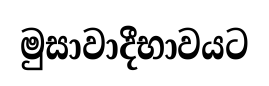
මුසාවාදීභාවයට